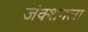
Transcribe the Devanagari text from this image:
जंक्शनला